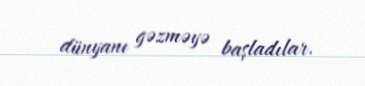
dünyanı gəzməyə başladılar.